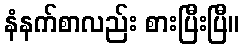
နံနက်စာလည်း စားပြီးပြီ။